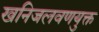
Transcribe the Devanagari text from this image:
खनिजलवणयुक्त